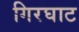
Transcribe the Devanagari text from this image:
गिरघाट